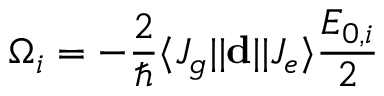
\Omega _ { i } = - \frac { 2 } { \hbar } \langle J _ { g } | | \mathbf { d } | | J _ { e } \rangle \frac { E _ { 0 , i } } { 2 }